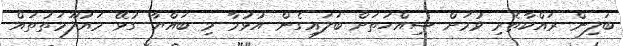
ބަލިން ރައްކާތެރި ވުމަށް ސިއްހަތަށް ބަލައިގެން އުޅުމާ މި ބައްޔާ ގުޅޭ މައުލޫމަތުތައް